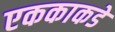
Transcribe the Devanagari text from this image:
एककाकडे